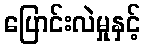
ပြောင်းလဲမှုနှင့်